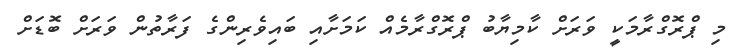
މި ޕްރޮގްރާމަކީ ވަރަށް ކާމިޔާބު ޕްރޮގްރާމެއް ކަމަށާއި ބައިވެރިންގެ ފަރާތުން ވަރަށް ބޮޑަށް